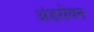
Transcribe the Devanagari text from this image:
अंडसेवन